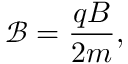
\mathcal { B } = \frac { q B } { 2 m } ,